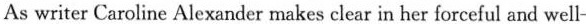
As writer Caroline Alexander makes clear in her forceful and well-